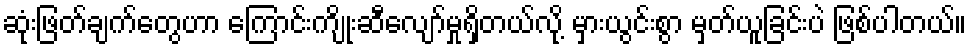
ဆုံးဖြတ်ချက်တွေဟာ ကြောင်းကျိုးဆီလျော်မှုရှိတယ်လို့ မှားယွင်းစွာ မှတ်ယူခြင်းပဲ ဖြစ်ပါတယ်။